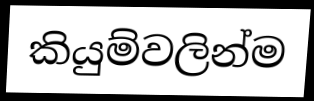
කියුම්වලින්ම